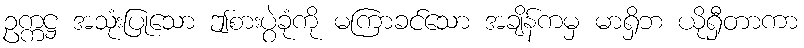
ဥက္ကဋ္ဌ အသုံးပြုသော ဤစားပွဲခုံကို မကြာခင်သော အချိန်ကမှ မာရှိဘ ယိုရှီတာကာ